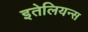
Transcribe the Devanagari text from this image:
इतेलियन्स